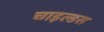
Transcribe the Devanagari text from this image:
चाइल्डस